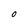
Character: O